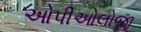
ઓપીઓલોજી